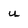
Character: u